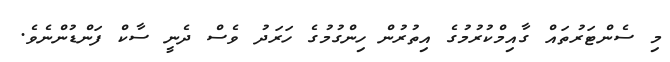
މި ސެންޓަރުތައް ގާއިމްކުރުމުގެ އިތުރުން ހިންގުމުގެ ހަރަދު ވެސް ދެނީ ސާކް ފަންޑުންނެވެ.